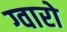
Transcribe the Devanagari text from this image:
ग्वारो